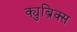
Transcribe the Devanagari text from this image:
क्युब्रिक्स